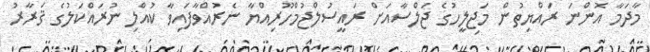
މާދަމާ އޮންނަ ރައްޔިތުން މަޖިލީހުގެ ޖަލްސާއަށް ރައީސުލްޖުމްހޫރިއްޔާ ނެރުއްވާފައިވާ ކުއްލި ނުރައްކަލުގެ ޤަރާރު